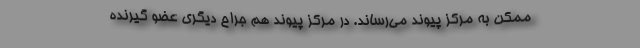
ممکن به مرکز پیوند می‌رساند. در مرکز پیوند هم جراح دیگری عضو گیرنده